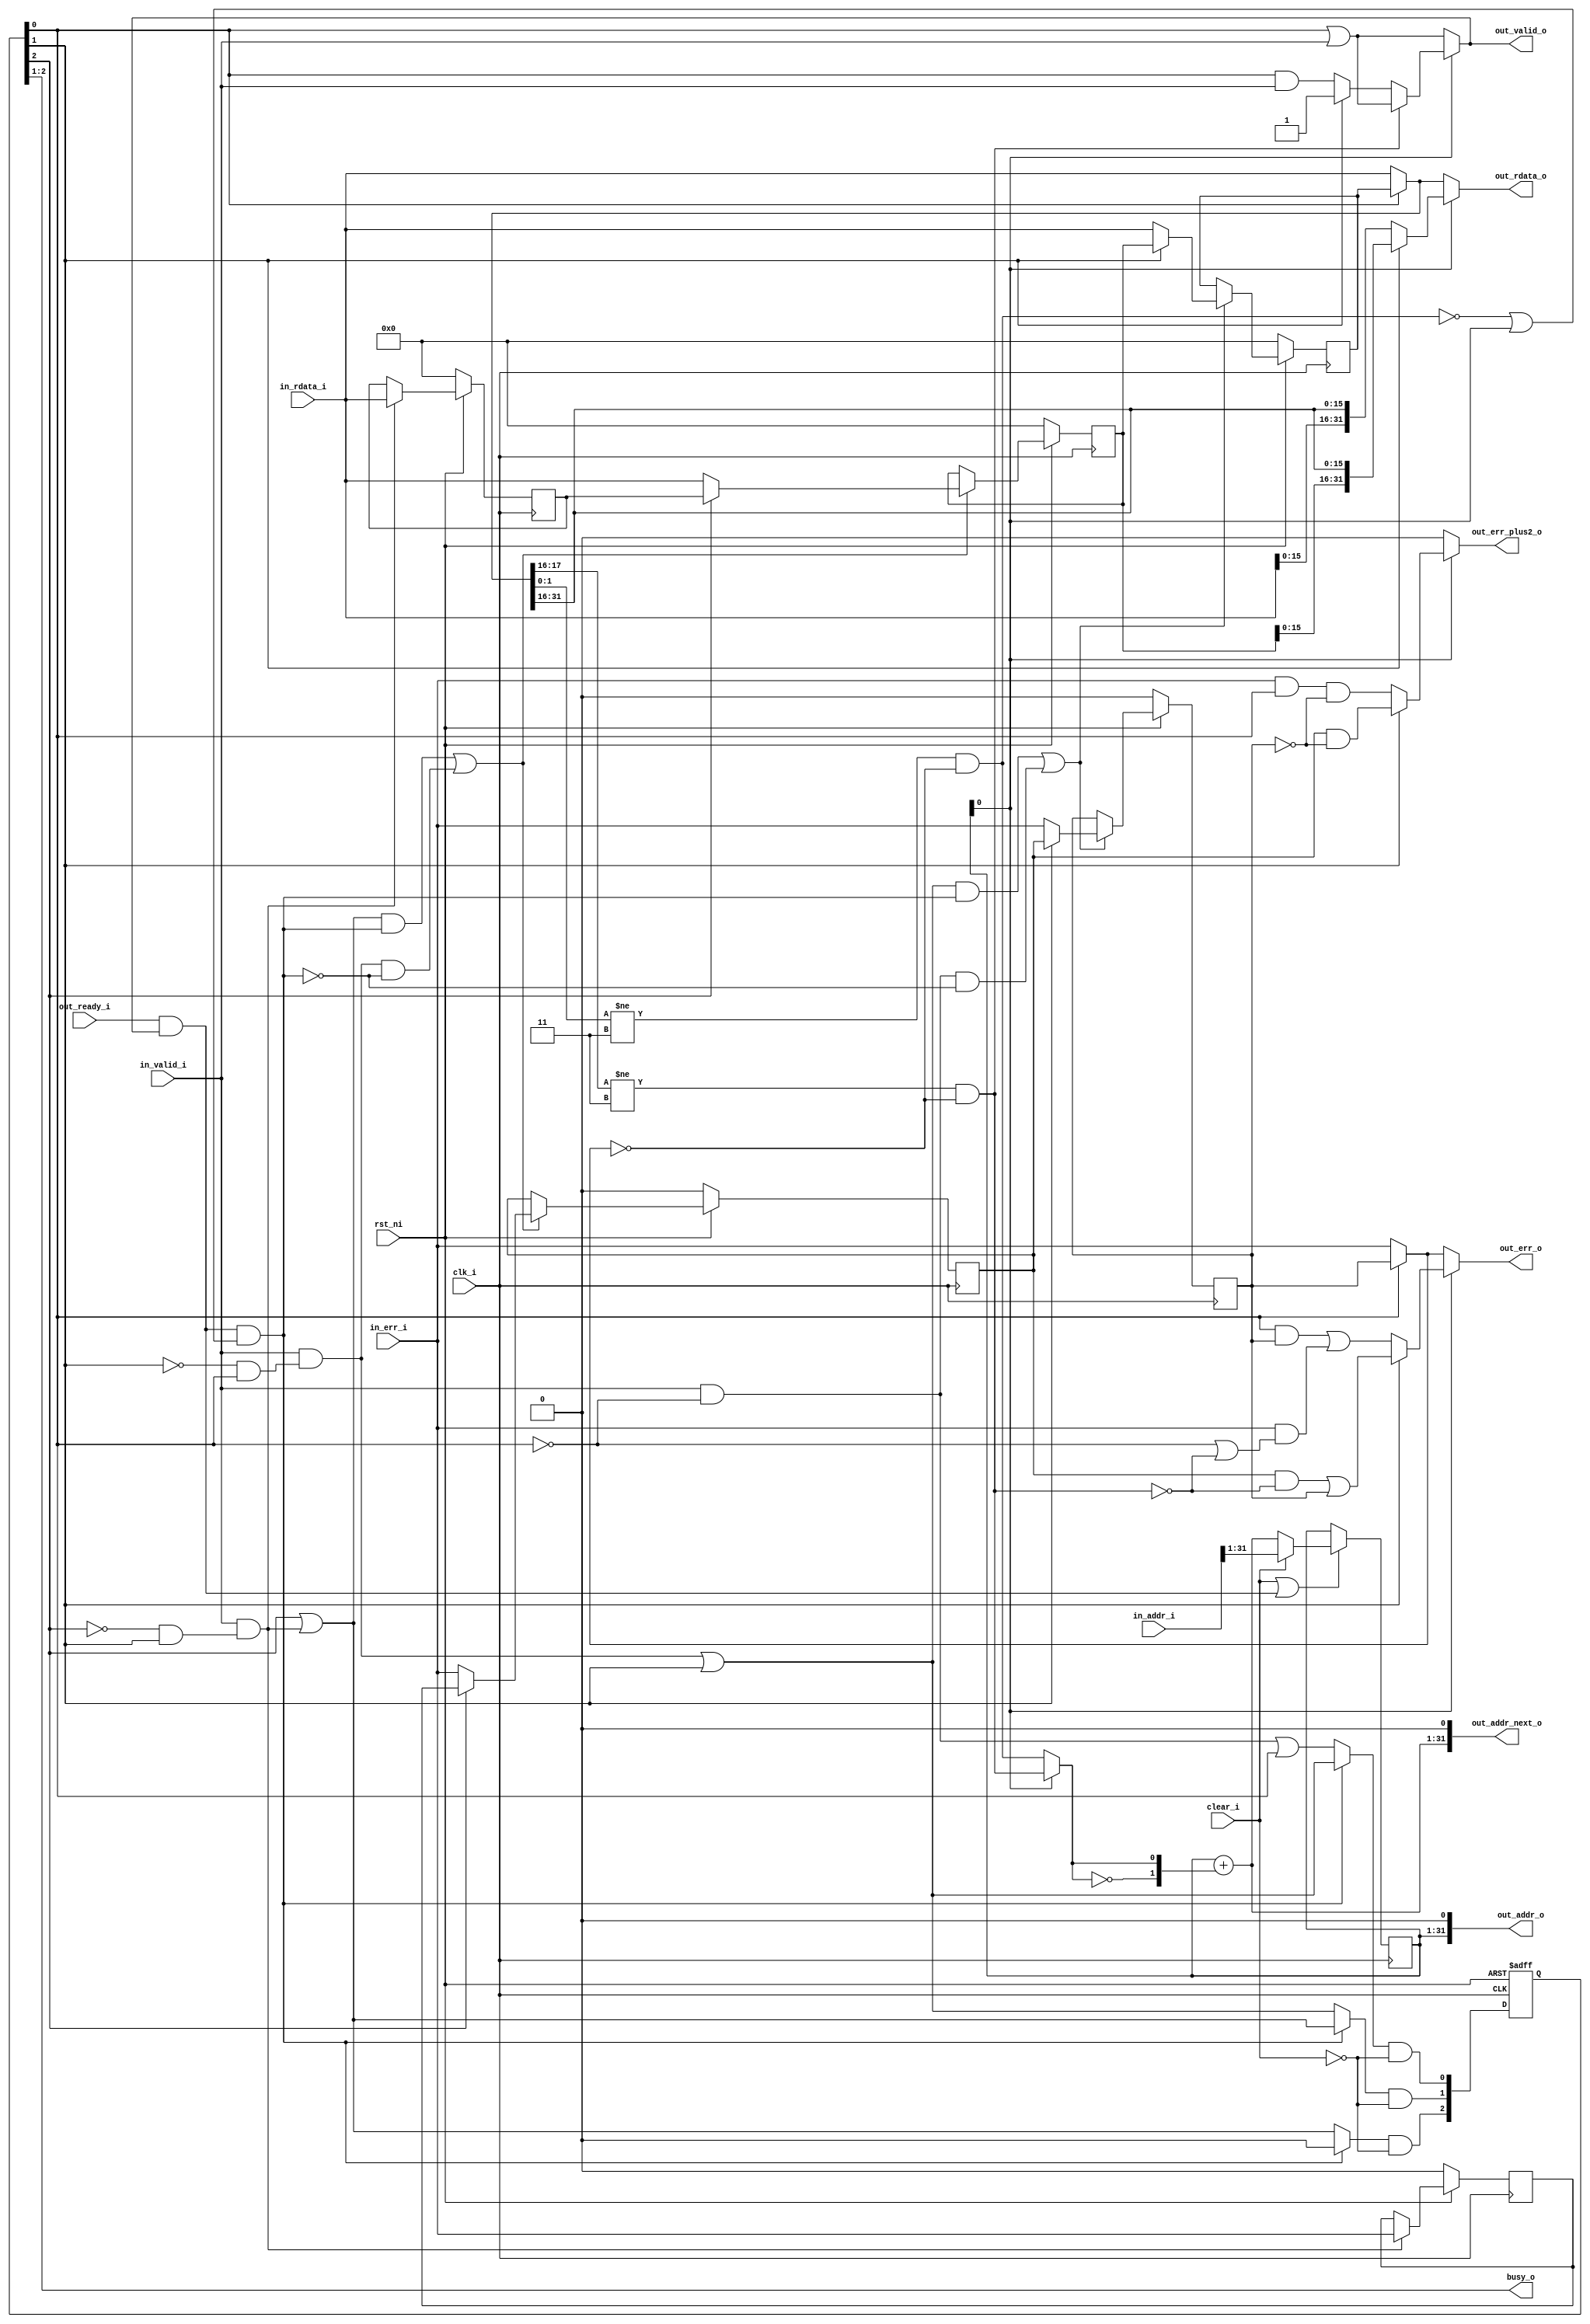
module ibex_fetch_fifo (
	clk_i,
	rst_ni,
	clear_i,
	busy_o,
	in_valid_i,
	in_addr_i,
	in_rdata_i,
	in_err_i,
	out_valid_o,
	out_ready_i,
	out_addr_o,
	out_addr_next_o,
	out_rdata_o,
	out_err_o,
	out_err_plus2_o
);
	parameter [31:0] NUM_REQS = 2;
	input wire clk_i;
	input wire rst_ni;
	input wire clear_i;
	output wire [NUM_REQS - 1:0] busy_o;
	input wire in_valid_i;
	input wire [31:0] in_addr_i;
	input wire [31:0] in_rdata_i;
	input wire in_err_i;
	output reg out_valid_o;
	input wire out_ready_i;
	output wire [31:0] out_addr_o;
	output wire [31:0] out_addr_next_o;
	output reg [31:0] out_rdata_o;
	output reg out_err_o;
	output reg out_err_plus2_o;
	localparam [31:0] DEPTH = NUM_REQS + 1;
	wire [(DEPTH * 32) - 1:0] rdata_d;
	reg [(DEPTH * 32) - 1:0] rdata_q;
	wire [DEPTH - 1:0] err_d;
	reg [DEPTH - 1:0] err_q;
	wire [DEPTH - 1:0] valid_d;
	reg [DEPTH - 1:0] valid_q;
	wire [DEPTH - 1:0] lowest_free_entry;
	wire [DEPTH - 1:0] valid_pushed;
	wire [DEPTH - 1:0] valid_popped;
	wire [DEPTH - 1:0] entry_en;
	wire pop_fifo;
	wire [31:0] rdata;
	wire [31:0] rdata_unaligned;
	wire err;
	wire err_unaligned;
	wire err_plus2;
	wire valid;
	wire valid_unaligned;
	wire aligned_is_compressed;
	wire unaligned_is_compressed;
	wire addr_incr_two;
	wire [31:1] instr_addr_next;
	wire [31:1] instr_addr_d;
	reg [31:1] instr_addr_q;
	wire instr_addr_en;
	wire unused_addr_in;
	assign rdata = (valid_q[0] ? rdata_q[0+:32] : in_rdata_i);
	assign err = (valid_q[0] ? err_q[0] : in_err_i);
	assign valid = valid_q[0] | in_valid_i;
	assign rdata_unaligned = (valid_q[1] ? {rdata_q[47-:16], rdata[31:16]} : {in_rdata_i[15:0], rdata[31:16]});
	assign err_unaligned = (valid_q[1] ? (err_q[1] & ~unaligned_is_compressed) | err_q[0] : (valid_q[0] & err_q[0]) | (in_err_i & (~valid_q[0] | ~unaligned_is_compressed)));
	assign err_plus2 = (valid_q[1] ? err_q[1] & ~err_q[0] : (in_err_i & valid_q[0]) & ~err_q[0]);
	assign valid_unaligned = (valid_q[1] ? 1'b1 : valid_q[0] & in_valid_i);
	assign unaligned_is_compressed = (rdata[17:16] != 2'b11) & ~err;
	assign aligned_is_compressed = (rdata[1:0] != 2'b11) & ~err;
	always @(*)
		if (out_addr_o[1]) begin
			out_rdata_o = rdata_unaligned;
			out_err_o = err_unaligned;
			out_err_plus2_o = err_plus2;
			if (unaligned_is_compressed)
				out_valid_o = valid;
			else
				out_valid_o = valid_unaligned;
		end
		else begin
			out_rdata_o = rdata;
			out_err_o = err;
			out_err_plus2_o = 1'b0;
			out_valid_o = valid;
		end
	assign instr_addr_en = clear_i | (out_ready_i & out_valid_o);
	assign addr_incr_two = (instr_addr_q[1] ? unaligned_is_compressed : aligned_is_compressed);
	assign instr_addr_next = instr_addr_q[31:1] + {29'd0, ~addr_incr_two, addr_incr_two};
	assign instr_addr_d = (clear_i ? in_addr_i[31:1] : instr_addr_next);
	always @(posedge clk_i)
		if (instr_addr_en)
			instr_addr_q <= instr_addr_d;
		else
			instr_addr_q <= instr_addr_q;
			
	assign out_addr_next_o = {instr_addr_next, 1'b0};
	assign out_addr_o = {instr_addr_q, 1'b0};
	assign unused_addr_in = in_addr_i[0];
	assign busy_o = valid_q[DEPTH - 1:DEPTH - NUM_REQS];
	assign pop_fifo = (out_ready_i & out_valid_o) & (~aligned_is_compressed | out_addr_o[1]);
	generate
		genvar i;
		for (i = 0; i < (DEPTH - 1); i = i + 1) begin : g_fifo_next
			if (i == 0) begin : g_ent0
				assign lowest_free_entry[i] = ~valid_q[i];
			end
			else begin : g_ent_others
				assign lowest_free_entry[i] = ~valid_q[i] & valid_q[i - 1];
			end
			assign valid_pushed[i] = (in_valid_i & lowest_free_entry[i]) | valid_q[i];
			assign valid_popped[i] = (pop_fifo ? valid_pushed[i + 1] : valid_pushed[i]);
			assign valid_d[i] = valid_popped[i] & ~clear_i;
			assign entry_en[i] = (valid_pushed[i + 1] & pop_fifo) | ((in_valid_i & lowest_free_entry[i]) & ~pop_fifo);
			assign rdata_d[i * 32+:32] = (valid_q[i + 1] ? rdata_q[(i + 1) * 32+:32] : in_rdata_i);
			assign err_d[i] = (valid_q[i + 1] ? err_q[i + 1] : in_err_i);
		end
	endgenerate
	assign lowest_free_entry[DEPTH - 1] = ~valid_q[DEPTH - 1] & valid_q[DEPTH - 2];
	assign valid_pushed[DEPTH - 1] = valid_q[DEPTH - 1] | (in_valid_i & lowest_free_entry[DEPTH - 1]);
	assign valid_popped[DEPTH - 1] = (pop_fifo ? 1'b0 : valid_pushed[DEPTH - 1]);
	assign valid_d[DEPTH - 1] = valid_popped[DEPTH - 1] & ~clear_i;
	assign entry_en[DEPTH - 1] = in_valid_i & lowest_free_entry[DEPTH - 1];
	assign rdata_d[(DEPTH - 1) * 32+:32] = in_rdata_i;
	assign err_d[DEPTH - 1] = in_err_i;
	always @(posedge clk_i or negedge rst_ni)
		if (!rst_ni)
			valid_q <= {DEPTH {1'sb0}};
		else
			valid_q <= valid_d;
	generate
		for (i = 0; i < DEPTH; i = i + 1) begin : g_fifo_regs
			always @(posedge clk_i)
				if (!rst_ni) begin
					rdata_q[i * 32+:32] <=0;
					err_q[i] <= 0;
				end else begin
					if (entry_en[i]) begin
						rdata_q[i * 32+:32] <= rdata_d[i * 32+:32];
						err_q[i] <= err_d[i];
					end
					else begin
						rdata_q[i * 32+:32] <= rdata_q[i * 32+:32];
						err_q[i] <= err_q[i];
					end
				end
		end
	endgenerate
endmodule